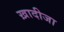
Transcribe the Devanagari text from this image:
ख़ादीजा